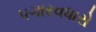
પગારવધારો